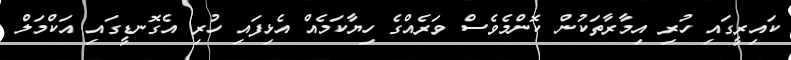
ކައިރީގައި ހުރި އިމާރާތަކުން ކޮންމެވެސް ވަރެއްގެ ހިޔާކަމެއް އެޅިފައި ހުރި އެގޮނޑީގައި އަކްމަލް